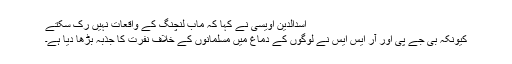
اسدالدین اویسی نے کہا کہ ماب لنچنگ کے واقعات نہیں رک سکتے
کیونکہ بی جے پی اور آر ایس ایس نے لوگوں کے دماغ میں مسلمانوں کے خلاف نفرت کا جذبہ بڑھا دیا ہے۔